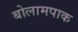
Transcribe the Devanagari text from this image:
बोलामपाक